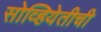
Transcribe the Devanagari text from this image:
सोव्हियेतीची